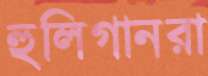
হুলিগানরা